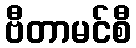
ဗီတာမင်စီ